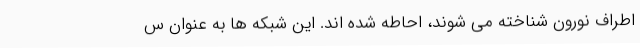
اطراف نورون شناخته می شوند، احاطه شده اند. این شبکه ها به عنوان س